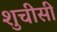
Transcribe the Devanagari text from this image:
शुचीसी